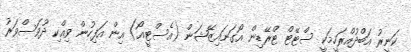
ކަނީރު އަބްދުއްރަހީމަކީ ސްޓޭޓް ޓްރޭޑިން އޯގަނައިޒޭޝަން (އެސްޓީއޯ) އިން އަފިހުން ވިއްކި ދުވަސްވަރު